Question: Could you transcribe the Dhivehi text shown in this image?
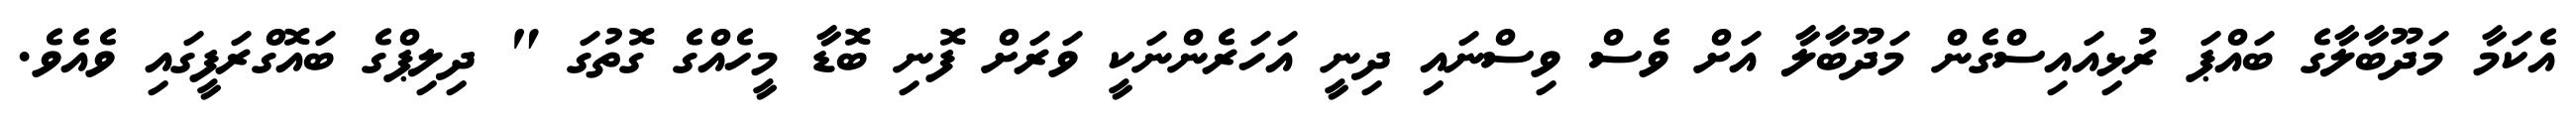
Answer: އެކަމާ މަދޫބާލާގެ ބައްޕަ ރުޅިއައިސްގެން މަދޫބާލާ އަށް ވެސް ވިސްނައި ދިނީ އަހަރެންނަކީ ވަރަށް ފޮނި ބޮޑާ މީހެއްގެ ގޮތުގަ " ދިލިޕްގެ ބައޮގްރަފީގައި ވެއެވެ.